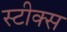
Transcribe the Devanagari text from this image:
स्टीक्स